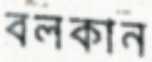
বলকান